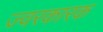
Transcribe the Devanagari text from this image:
ज्‍वरकारक